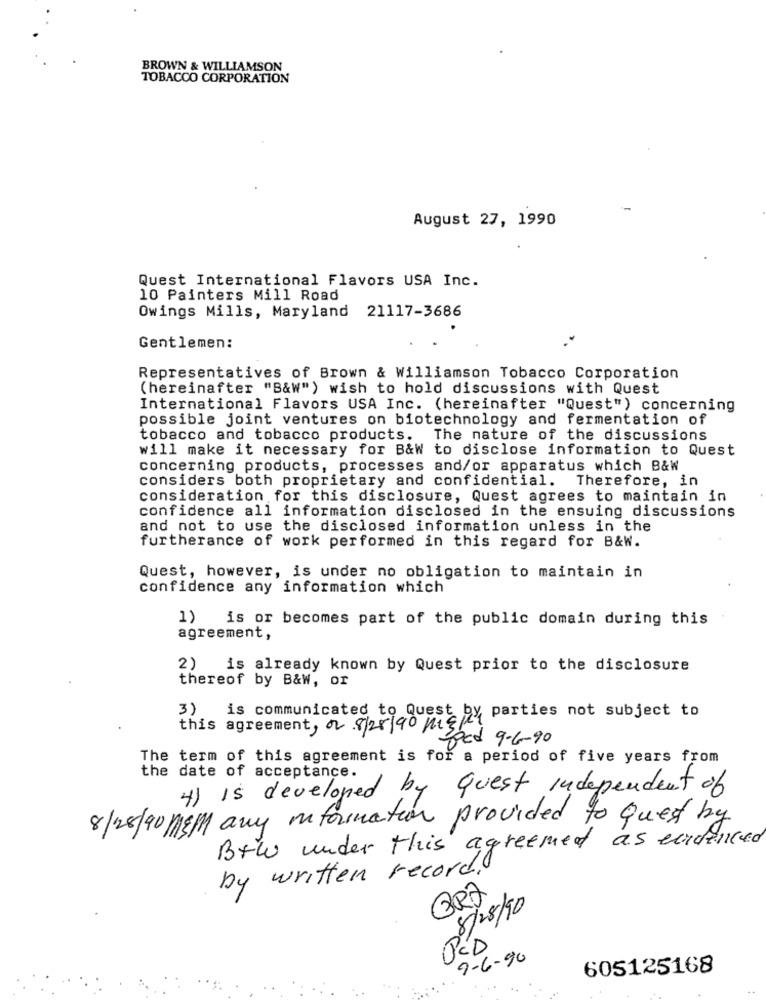
BROWN & WILLIAMSON
TOBACCO CORPORATION
August 27, 1990
Quest International Flavors USA Inc.
10 Painters Mill Road
Owings Mills, Maryland 21117-3686
Gentlemen:
Representatives of Brown & Williamson Tobacco Corporation
(hereinafter "B&W" ) wish to hold discussions with Quest
International Flavors USA Inc. (hereinafter "Quest") concerning
possible joint ventures on biotechnology and fermentation of
tobacco and tobacco products. The nature of the discussions
will make it necessary for B&W to disclose information to Quest
concerning products, processes and/or apparatus which B&W
considers both proprietary and confidential. Therefore, in
consideration for this disclosure, Quest agrees to maintain in
confidence all information disclosed in the ensuing discussions
and not to use the disclosed information unless in the
furtherance of work performed in this regard for B&W.
Quest, however, is under no obligation to maintain in
confidence any information which
1) is or becomes part of the public domain during this
agreement,
2) is already known by Quest prior to the disclosure
thereof by B&W, or
3)
is communicated to Quest by parties not subject to
this agreement, or 8/28/90 Mg/
food 9-6-90
The term of this agreement is for a period of five years from
the date of acceptance.
4) Is developed by quest independent of
8/28/90 M&M any information provided to quet by
Btw under this agreement as evidenced
by written record.
ORA
08/28/10
PED
9-6-90
605125168